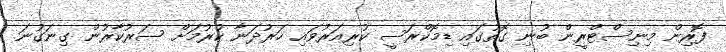
ފޮރިން މިނިސްޓްރީން ބުނި ގޮތުގައި ޑިމޮކްރަސީ ކުރިއަރުވައި ހަރުދަނާ ކުރުމަށް ސަރުކާރުން ގިނަގުނަ